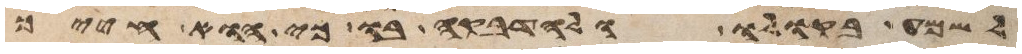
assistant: ולשמע בקולו ולהדבקה בו כי הוא חייך